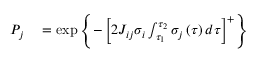
\begin{array} { r l } { P _ { j } } & { { } = \exp \left\{ - \left[ 2 J _ { i j } \sigma _ { i } \int _ { \tau _ { 1 } } ^ { \tau _ { 2 } } \sigma _ { j } \left( \tau \right) d \tau \right] ^ { + } \right\} } \end{array}